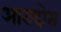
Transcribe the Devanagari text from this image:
आरादोस